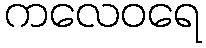
ကလေဝရေ